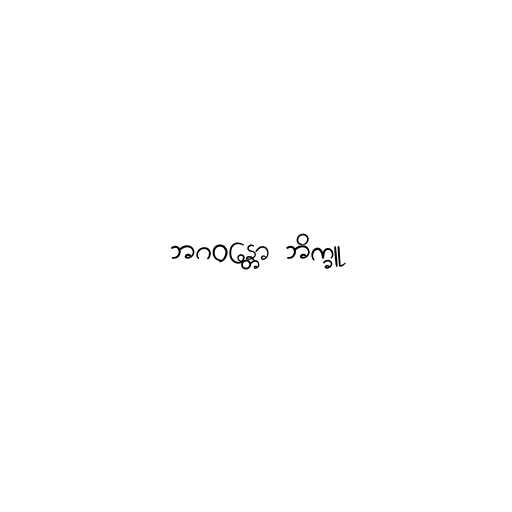
ဘဂဝန္တော ဘိက္ခူ